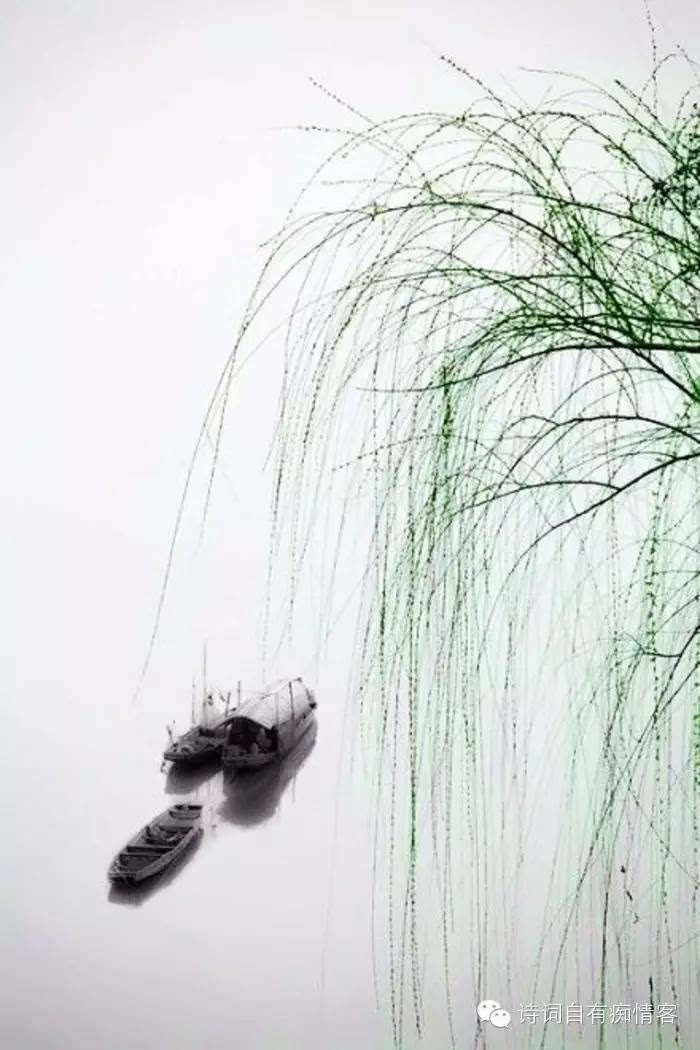
只恐双溪舴艋舟，载不动许多愁。